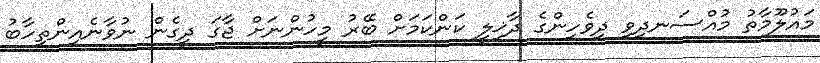
މައުލޫމާތު މުއްސަނދިވި ދިވެހިންގެ ދާޚިލީ ކަންކަމަށް ބޭރު މީހުންނަށް ޖާގަ ދީގެން ނުވާނެއިންތިހާބު